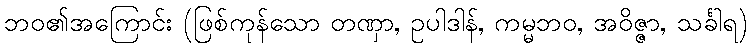
ဘဝ၏အကြောင်း (ဖြစ်ကုန်သော တဏှာ, ဥပါဒါန်, ကမ္မဘဝ, အဝိဇ္ဇာ, သင်္ခါရ)